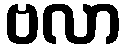
ဗလာ